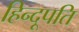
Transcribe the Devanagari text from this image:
हिन्दूपति